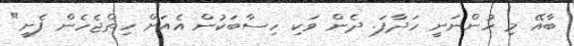
ބާއޭ މި ހުންނަނީ ހަދާފަ. ދެން ވަކި ހިސާބަކުން އެއަށް ހިތްޖެހެން ފެށީ"